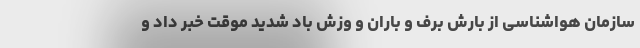
سازمان هواشناسی از بارش برف و باران و وزش باد شدید موقت خبر داد و